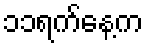
၁၁ရက်နေ့က